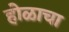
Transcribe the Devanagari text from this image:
होळाचा